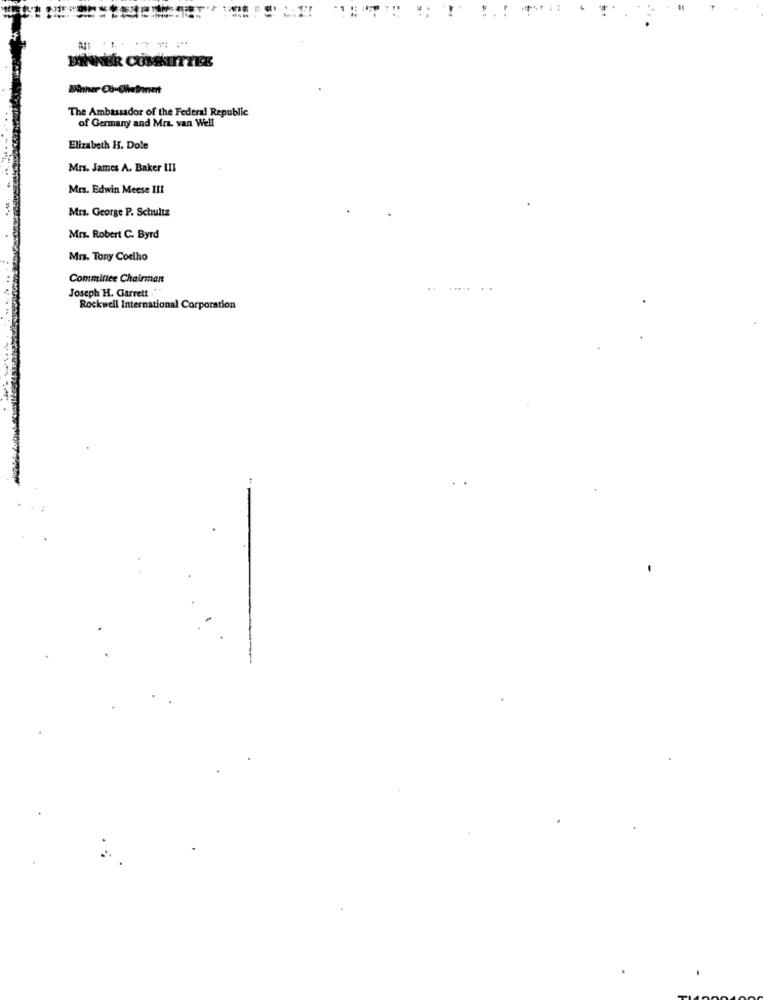
Dinner Co-Chveinnert
The Ambassador of the Federal Republic
of Germany and Mrs. van Well
Elizabeth H. Dole
Mrs. James A. Baker III
Mrs. Edwin Meese III
Mrs. George P. Schultz
Mrs. Robert C. Byrd
Mrs. Tony Coelho
Committee Chairman
Joseph H. Garrett"
Rockwell International Corporation